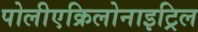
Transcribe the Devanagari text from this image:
पोलीएक्रिलोनाइट्रिल